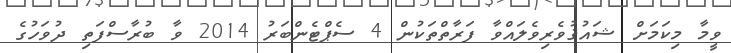
ވީމާ މިކަމަށް ޝައުޤުވެރިވެލައްވާ ފަރާތްތަކުން 4 ސެޕްޓެންބަރު 2014 ވާ ބުރާސްފަތި ދުވަހުގެ